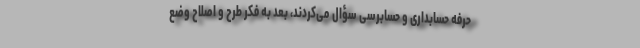
حرفه حسابداری و حسابرسی سؤال می‌كردند، بعد به فكر طرح و اصلاح وضع